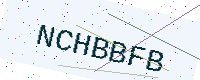
Text: NCHBBFB